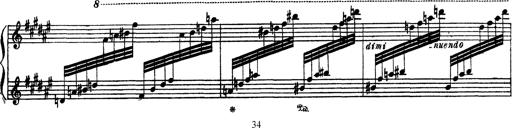
Title: AnnÃ©es de PÃ¨lerinage III
Composer: Franz Liszt